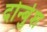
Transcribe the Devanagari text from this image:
दोर्न्बुश